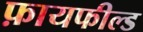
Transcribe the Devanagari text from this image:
फ़ायफील्ड